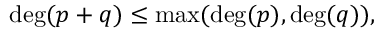
\deg ( p + q ) \leq \operatorname* { m a x } ( \deg ( p ) , \deg ( q ) ) ,